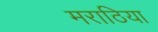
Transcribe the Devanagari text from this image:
मराठिया